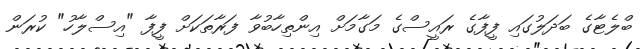
ބްލެޓާގެ ބަދަލުގައި ފީފާގެ ރައީސްގެ މަގާމަށް އިންތިހާބުވާ ފަރާތަކަށް ފީފާ "އިސްލާހު" ކުރަން